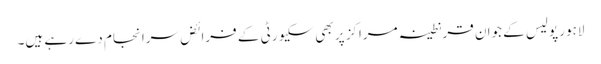
لاہور پولیس کے جوان قرنطینہ مراکز پر بھی سکیورٹی کے فرائض سرانجام دے رہے ہیں۔